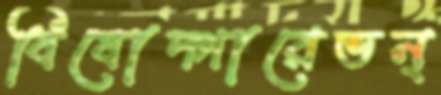
বিষোদ্গারেভন্